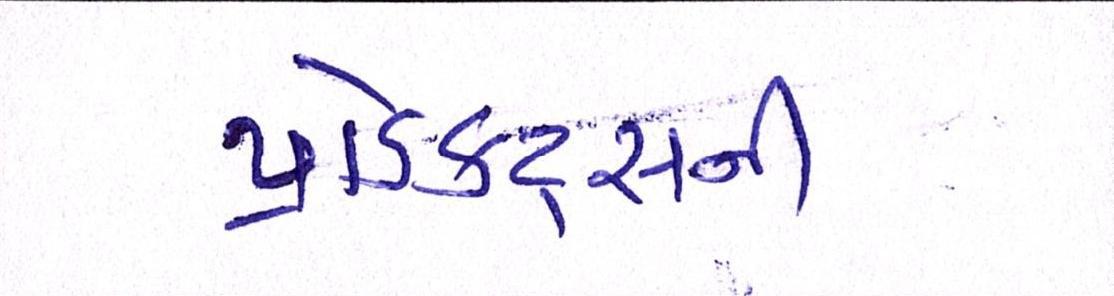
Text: પ્રોડક્ટ્સની